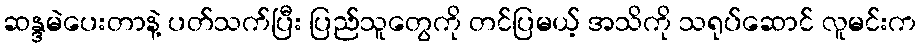
ဆန္ဒမဲပေးတာနဲ့ ပတ်သက်ပြီး ပြည်သူတွေကို တင်ပြမယ့် အသိကို သရုပ်ဆောင် လူမင်းက